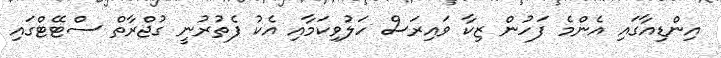
އިންޑިއާގައި އެންމެ ފަހުން ޒިކާ ވައިރަސް ހަލުވިކަމާއި އެކު ފެތުރުނީ ގުޖްރާތް ސްޓޭޓްގައި